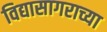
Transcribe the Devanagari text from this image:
विद्यासागराच्या